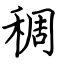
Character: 稠